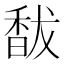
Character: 馛